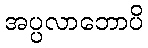
အပ္ပလာဘောပိ